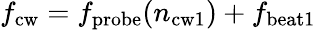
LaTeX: f_{\mathrm{cw}}=f_{\mathrm{probe}}(n_{\mathrm{cw1}})+f_{\mathrm{beat1}}